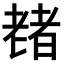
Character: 𫅶